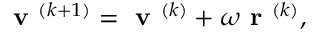
\textbf { v } ^ { ( k + 1 ) } = \textbf { v } ^ { ( k ) } + \omega \textbf { r } ^ { ( k ) } ,